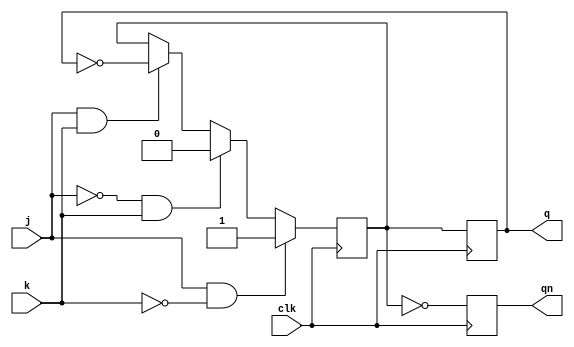
module jk_ff (
    input wire clk,
    input wire j,
    input wire k,
    output reg q,
    output reg qn
);

reg q_temp;

always @(posedge clk)
begin
    if (j & ~k)
        q_temp <= 1'b1;
    else if (~j & k)
        q_temp <= 1'b0;
    else if (j & k)
        q_temp <= ~q;
end

always @(posedge clk)
begin
    q <= q_temp;
    qn <= ~q_temp;
end

endmodule